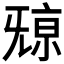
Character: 𣄷